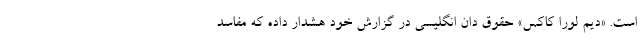
است. «دیم لورا کاکس» حقوق دان انگلیسی در گزارش خود هشدار داده که مفاسد